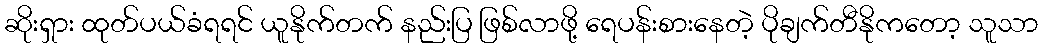
ဆိုးရှား ထုတ်ပယ်ခံရရင် ယူနိုက်တက် နည်းပြ ဖြစ်လာဖို့ ရေပန်းစားနေတဲ့ ပိုချက်တီနိုကတော့ သူသာ